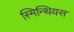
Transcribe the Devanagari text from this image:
स्मिन्थियस